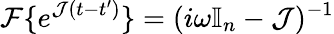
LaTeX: \mathcal F\{ e^{\mathcal J(t-t^{\prime})}\} =(i\omega\mathbb{I}_{n}-\mathcal J)^{-1}